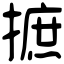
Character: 摭